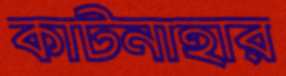
কাটনাহার